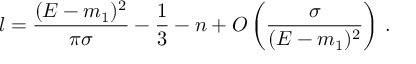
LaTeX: l = \frac { ( E - m _ { 1 } ) ^ { 2 } } { \pi \sigma } - \frac { 1 } { 3 } - n + O \left( \frac { \sigma } { ( E - m _ { 1 } ) ^ { 2 } } \right) \, .